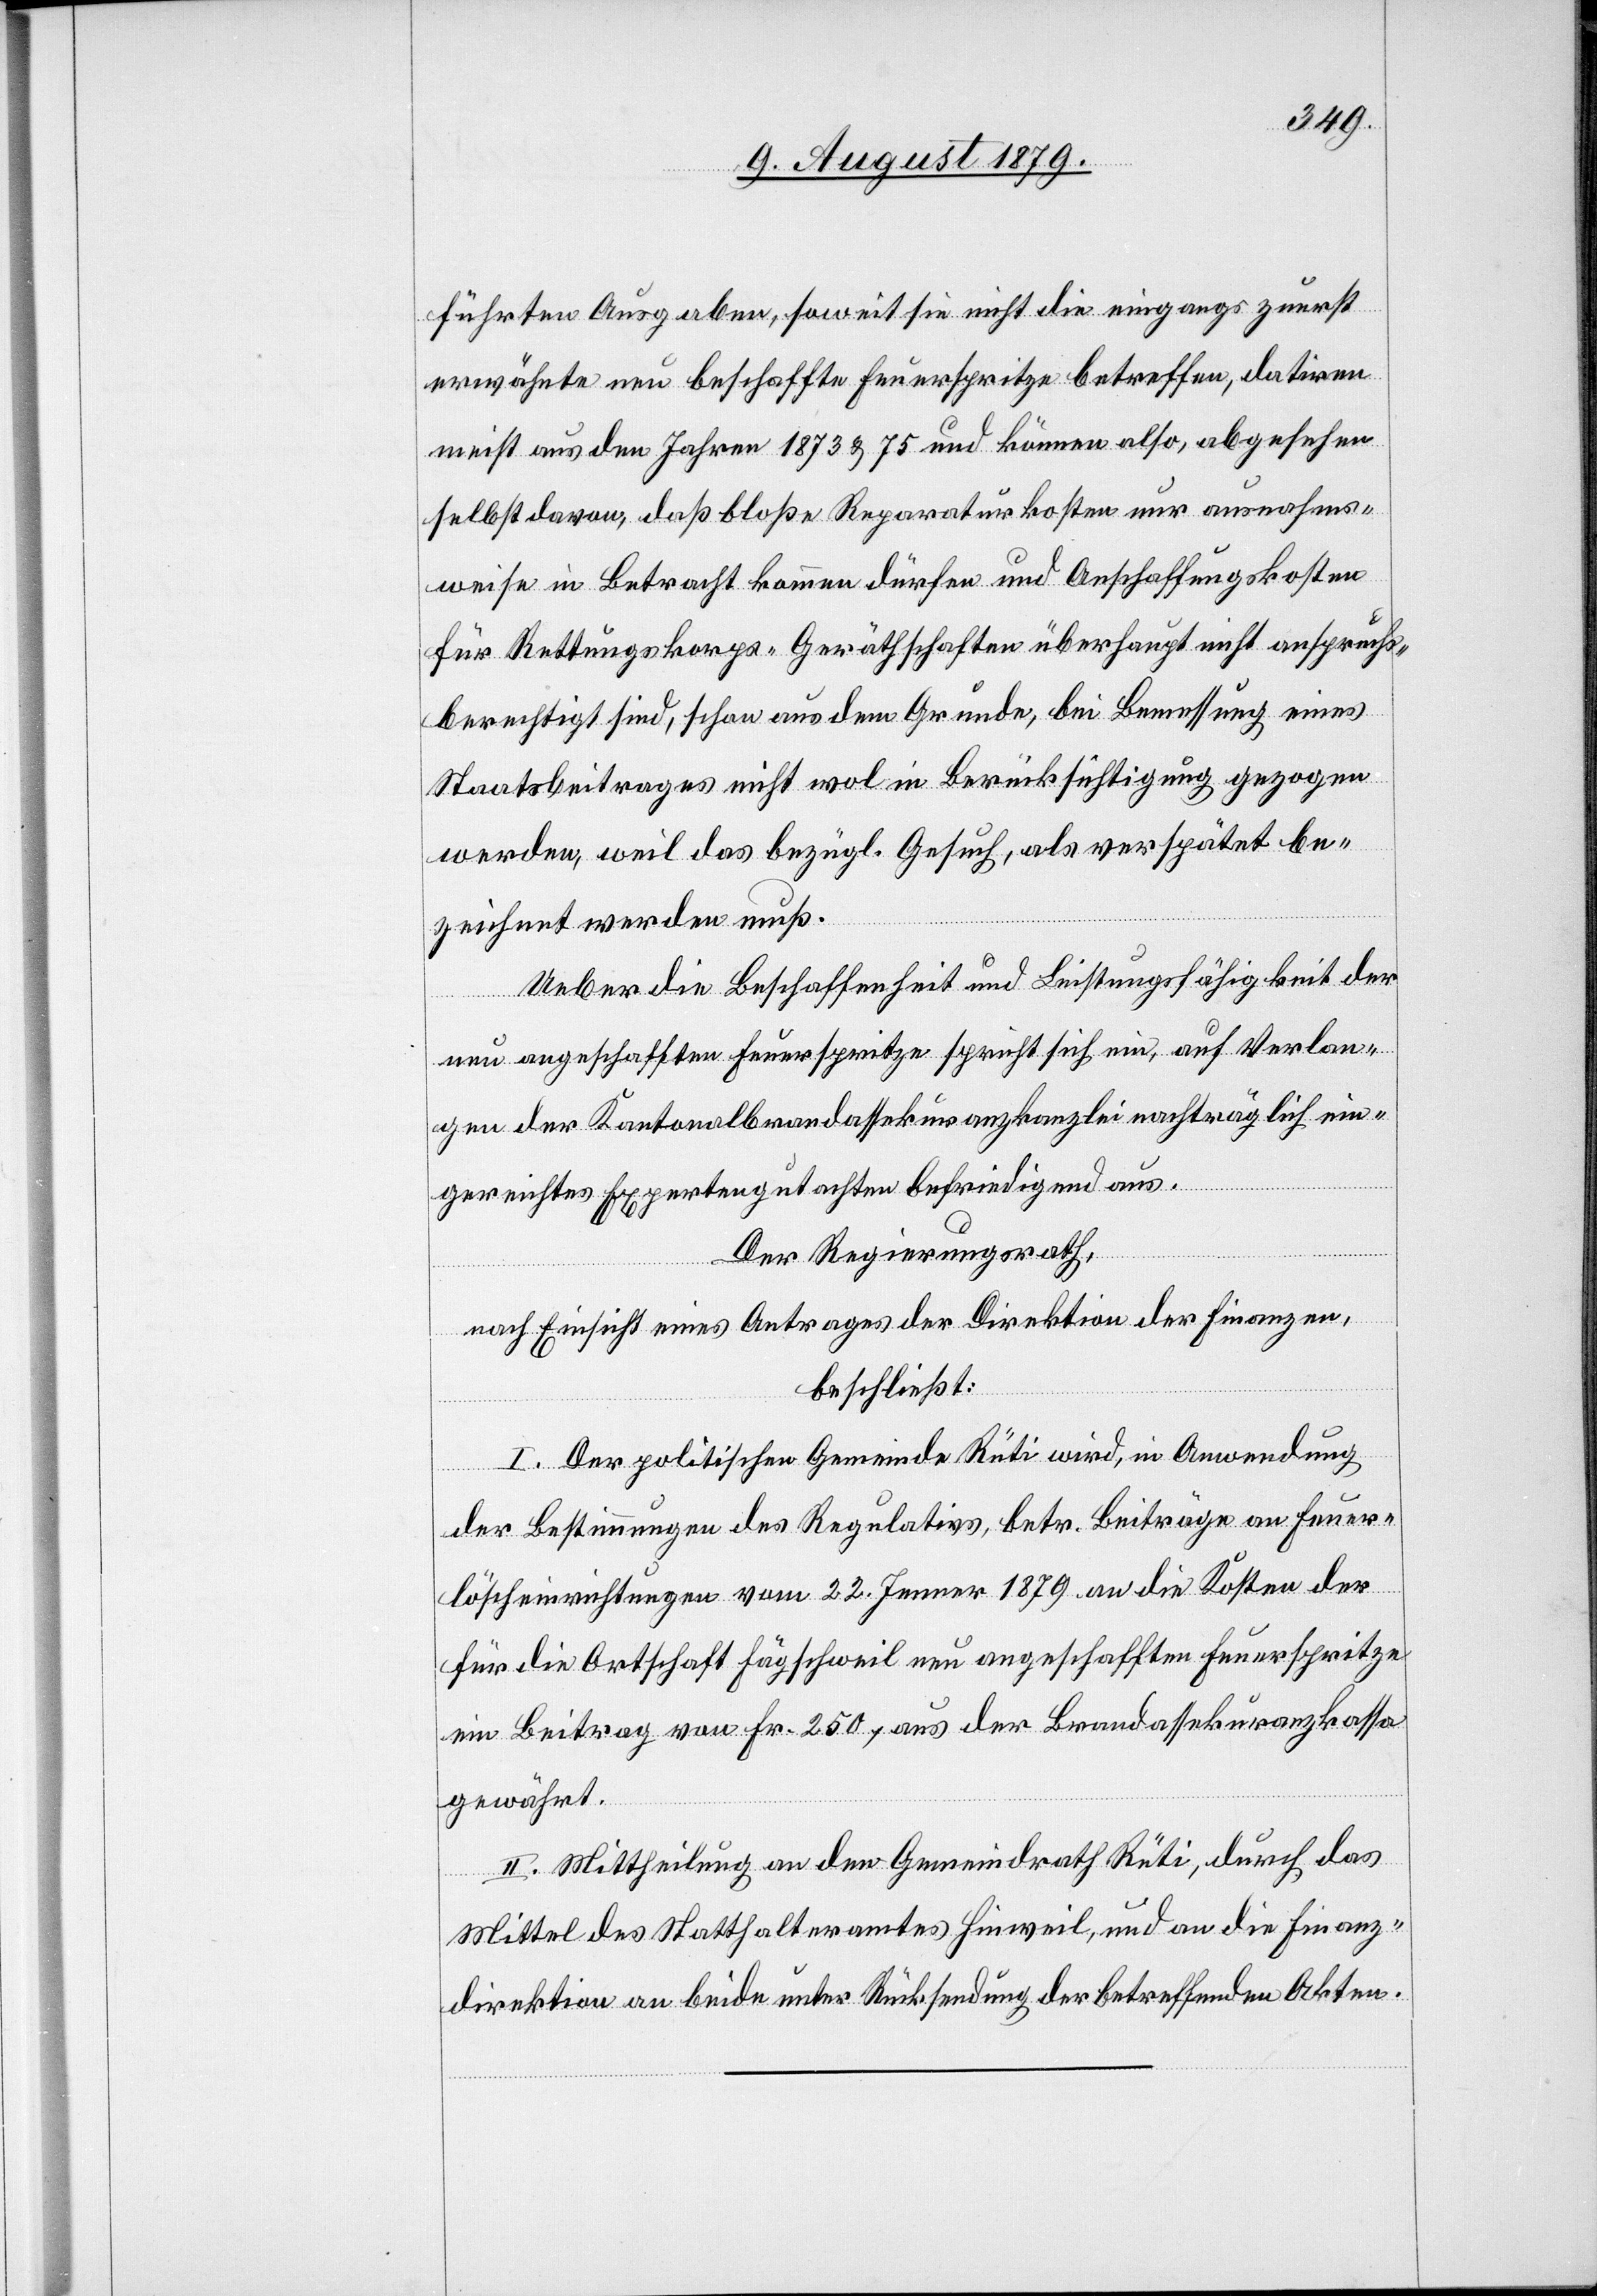
führten Ausgaben, soweit sie nicht die eingangs zuerst
erwähnte neu beschaffte Feuerspritze betreffen, datiren
meist aus den Jahren 1873 & 75 und können also, abgesehen
selbst davon, daß bloße Reparaturkosten nur ausnahms¬
weise in Betracht kommen dürfen und Anschaffungskosten
für Rettungskorps-Geräthschaften überhaupt nicht anspruchs¬
berechtigt sind, schon aus dem Grunde, bei Bemessung eines
Staatsbeitrages nicht wol in Berücksichtigung gezogen
werden, weil das bezügl. Gesuch, als verspätet be¬
zeichnet werden muß.
Ueber die Beschaffenheit und Leistungsfähigkeit der
neu angeschafften Feuerspritze spricht sich ein, auf Verlan¬
gen der Kantonalbrandassekuranzkanzlei nachträglich ein¬
gereichtes Expertengutachten befriedigend aus.
Der Regierungsrath,
nach Einsicht eines Antrages der Direktion der Finanzen,
beschließt:
I. Der politische Gemeinde Rüti wird, in Anwendung
der Bestimmungen des Regulativs, betr. Beiträge an Feuer¬
löscheinrichtungen vom 22. Jenner 1879 an die Kosten der
für die Ortschaft Fägschweil neu angeschafften Feuerspritze
ein Beitrag von Fr. 250, aus der Brandassekuranzkassa
gewährt.
II. Mittheilung an den Gemeindrath Rüti, durch das
Mittel des Statthalteramtes Hinweil, und an die Finanz¬
direktion an beide unter Rücksendung der betreffenden Akten.